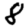
Digit: 8